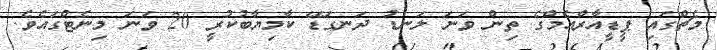
މެޗްގައި ޕީޑީއާރްއެމްގެ ތިން ވަނަ ލަނޑު ދަނގަޑޭ ކާމިޔާބުކުރީ 20 ވަނަ މިނެޓްގައެވެ.